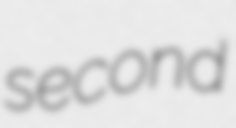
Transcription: second